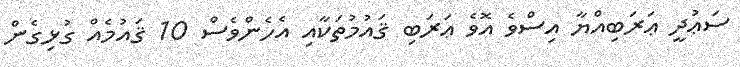
ސަޢުދީ ޢަރަބިއްޔާ އިސްވެ އޮވެ ޢަރަބި ޤައުމުތަކާއި އެހެންވެސް 10 ޤައުމެއް ގުޅިގެން